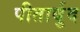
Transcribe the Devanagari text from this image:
पीतार्बुद